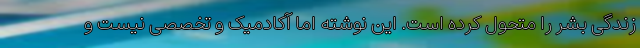
زندگی بشر را متحول کرده است. این نوشته اما آکادمیک و تخصصی نیست و